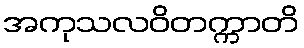
အကုသလဝိတက္ကာတိ